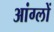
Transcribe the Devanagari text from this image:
आंग्लों